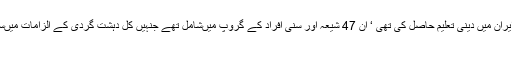
نمر جنہوں نے 10سال تک ایران میں دینی تعلیم حاصل کی تھی ‘ ان 47 شیعہ اور سنی افراد کے گروپ میںشامل تھے جنہیں کل دہشت گردی کے الزامات میںسزائے موت دے دی گئی ہے
۔